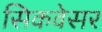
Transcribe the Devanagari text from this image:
सिकवेसर